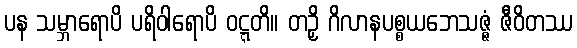
ပန သမ္ဘာရောပိ ပရိဝါရောပိ ဝဋ္ဋတိ။ တဉှိ ဂိလာနပစ္စယဘေသဇ္ဇံ ဇီဝိတဿ